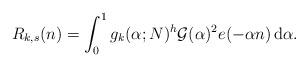
LaTeX: \begin{align*}R_{k,s}(n)=\int_0^1 g_k(\alpha;N)^h\mathcal G(\alpha)^2e(-\alpha n)\, {\rm d}\alpha. \end{align*}